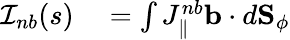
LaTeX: \begin{array}{rl}{\mathcal{I}_{nb}(s)}&{{}=\int{J_{\| }^{nb}\mathbf{b}\cdot d\textbf{S}_{\phi}}}\end{array}